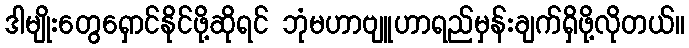
ဒါမျိုးတွေရှောင်နိုင်ဖို့ဆိုရင် ဘုံမဟာဗျူဟာရည်မှန်းချက်ရှိဖို့လိုတယ်။